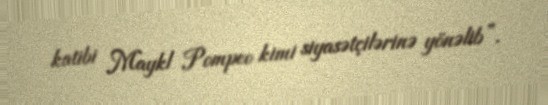
katibi Maykl Pompeo kimi siyasətçilərinə yönəlib”.